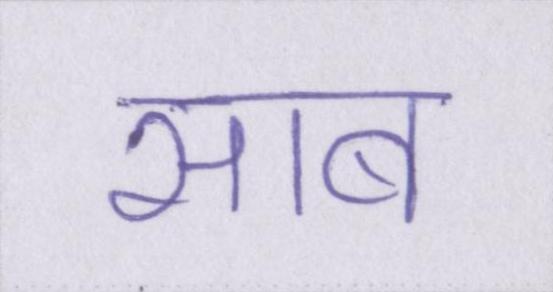
साब